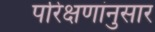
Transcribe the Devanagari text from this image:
परिक्षणांनुसार